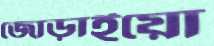
জোড়াইয়ো